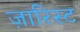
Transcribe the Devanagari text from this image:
ज़ारिस्ट